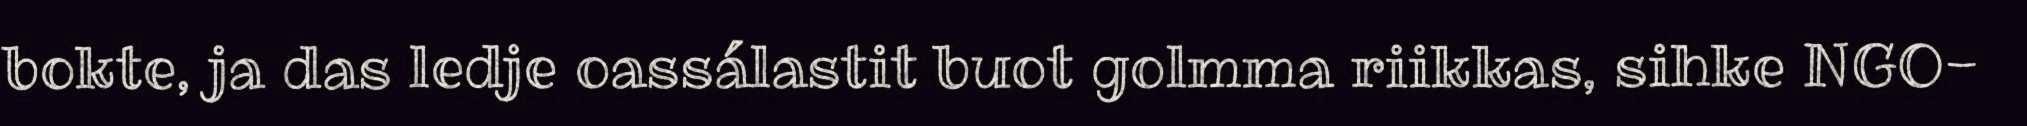
bokte, ja das ledje oassálastit buot golmma riikkas, sihke NGO-